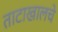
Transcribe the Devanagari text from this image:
ताटाखालचे